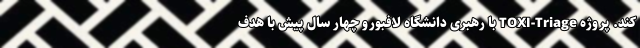
کند. پروژه TOXI-Triage با رهبری دانشگاه لافبورو چهار سال پیش با هدف